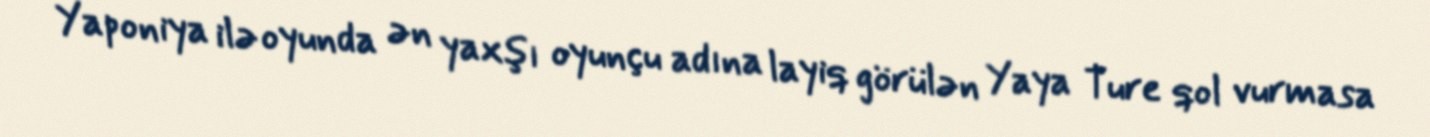
Yaponiya ilə oyunda ən yaxşı oyunçu adına layiq görülən Yaya Ture qol vurmasa